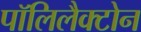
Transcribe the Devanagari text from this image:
पॉलिलैक्टोन